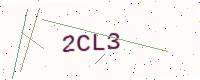
Text: 2CL3